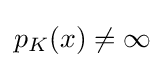
{\textstyle p_{K}(x)\neq \infty }